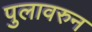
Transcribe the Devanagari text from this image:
पुलावरुन